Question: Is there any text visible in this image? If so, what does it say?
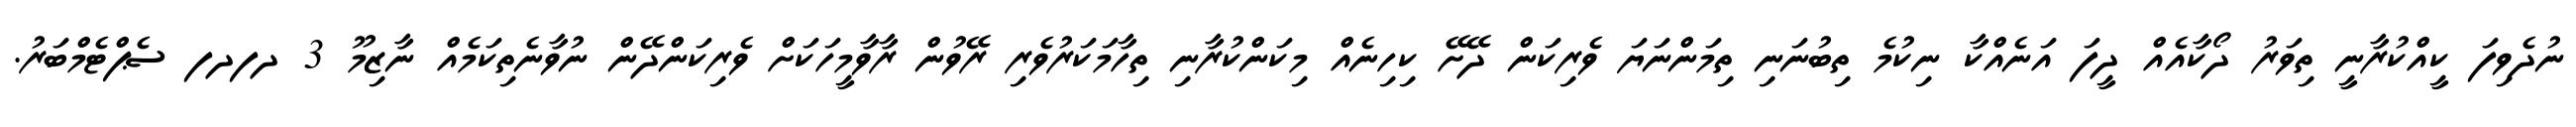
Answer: ނުދެވިފަ ކީއްކުރާނީ ތިވަރު ދޯކާއެއް ދީފަ އަނެއްކާ ނިކުމެ ތިބުނަނި ތިމަންނަޔަ ވެރިކަން ދޭށޭ ކިހިނެއް މިކަންކުރާނި ތިހާމަކަރުވެރި ރޭވުން ރާވާމީހަކަށް ވެރިކަންދޭން ނުވާނެތިކަމެއް ނާޒިމޫ 3 ދފދފ ސެޕްޓެމްބަރު.